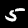
Digit: 5